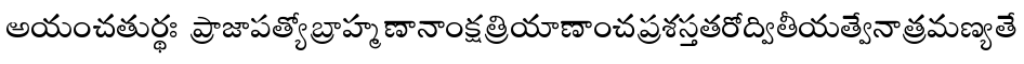
అయంచతుర్థః ప్రాజాపత్యోబ్రాహ్మణానాంక్షత్రియాణాంచప్రశస్తతరోద్వితీయత్వేనాత్రమణ్యతే